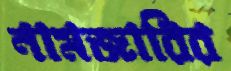
নামজারির